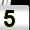
Digit: 5